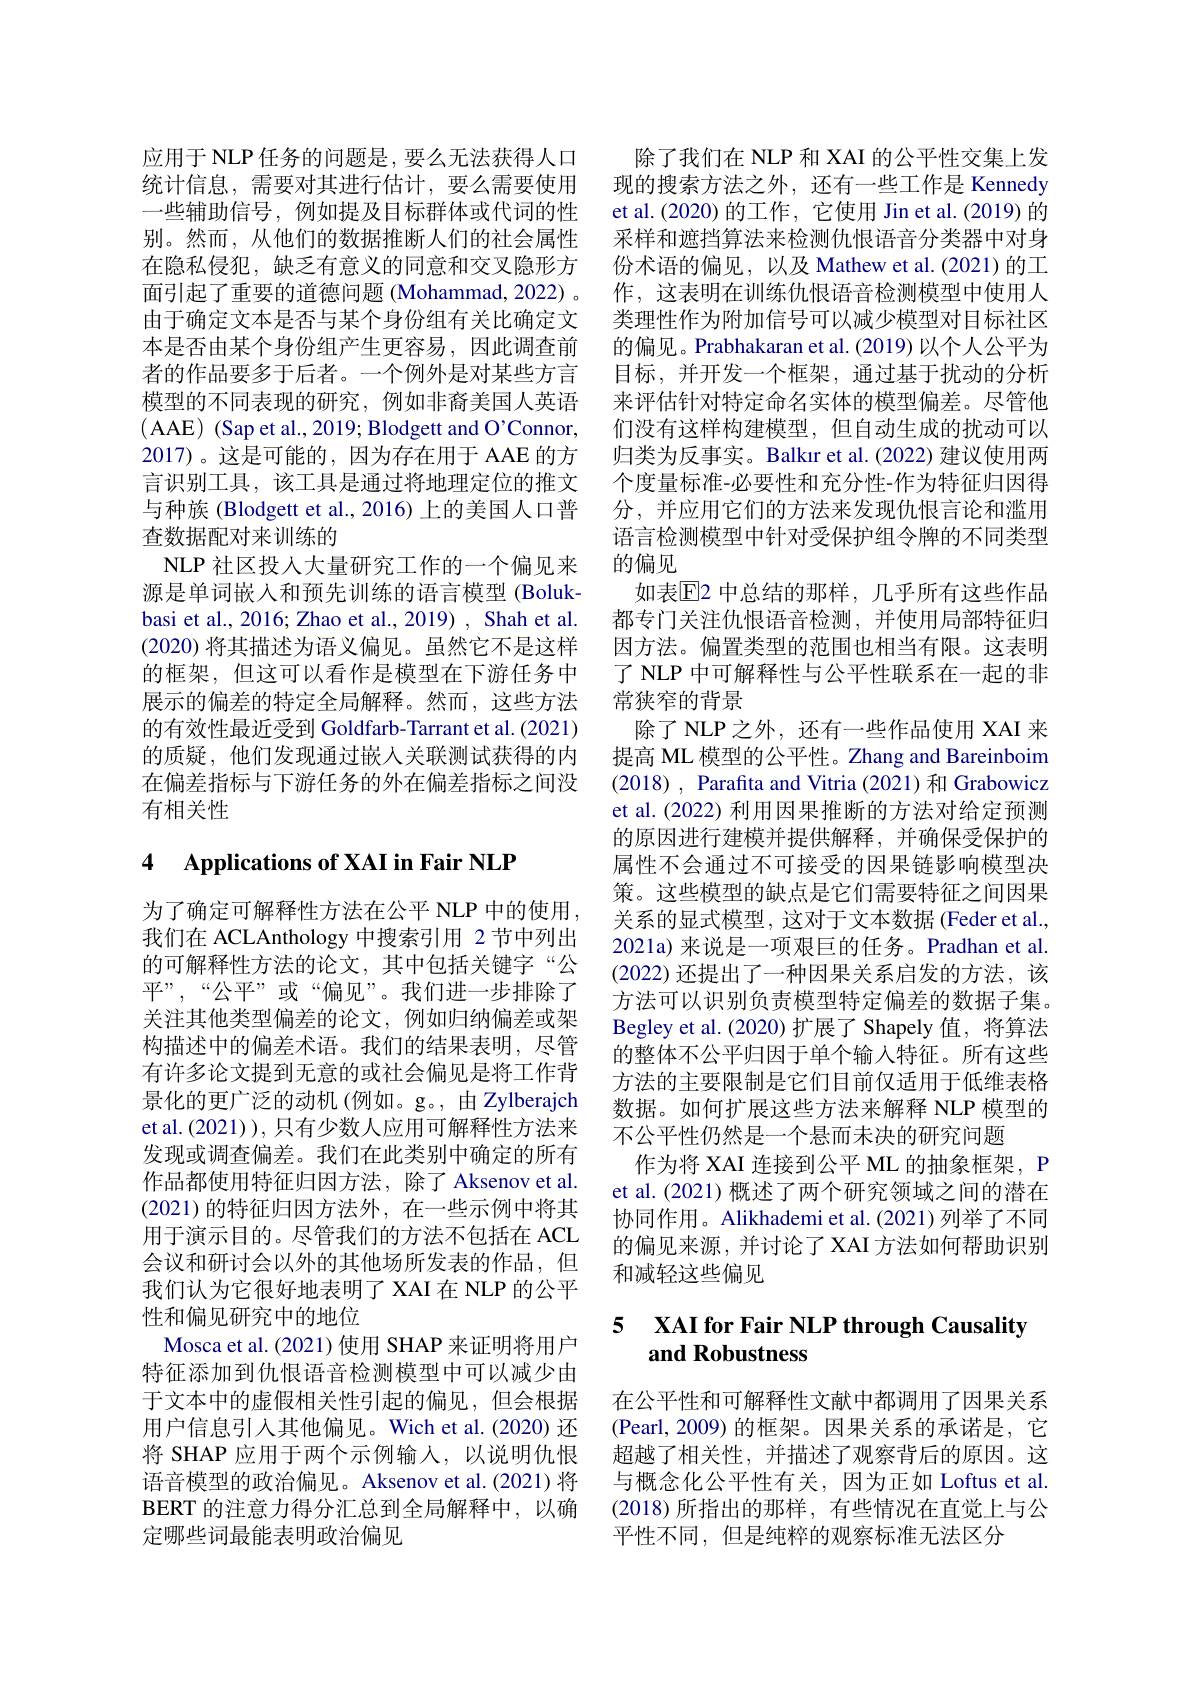
应用于 NLP 任务的问题是，要么无法获得人口统计信息，需要对其进行估计，要么需要使用一些辅助信号，例如提及目标群体或代词的性别。然而，从他们的数据推断人们的社会属性在隐私侵犯，缺乏有意义的同意和交叉隐形方面引起了重要的道德问题 (Mohammad, 2022) 。由于确定文本是否与某个身份组有关比确定文本是否由某个身份组产生更容易，因此调查前者的作品要多于后者。一个例外是对某些方言模型的不同表现的研究，例如非裔美国人英语( AAE) (Sap et al., 2019; Blodgett and O'Connor, 2017)。这是可能的，因为存在用于 AAE 的方言识别工具，该工具是通过将地理定位的推文与种族 (Blodgett et al., 2016) 上的美国人口普查数据配对来训练的
NLP 社区投入大量研究工作的一个偏见来源是单词嵌入和预先训练的语言模型 (Bolukbasi et al., 2016; Zhao et al., 2019) , Shah et al. (2020)将其描述为语义偏见。虽然它不是这样的框架，但这可以看作是模型在下游任务中展示的偏差的特定全局解释。然而，这些方法的有效性最近受到 Goldfarb-Tarrant et al. (2021) 的质疑，他们发现通过嵌入关联测试获得的内在偏差指标与下游任务的外在偏差指标之间没有相关性

### 4 $\textbf{Applications of XAI in Fair NLP}$

为了确定可解释性方法在公平 NLP 中的使用， 我们在 ACLAnthology 中搜索引用 2节中列出的可解释性方法的论文，其中包括关键字“公平”,“公平”或“偏见”。我们进一步排除了关注其他类型偏差的论文，例如归纳偏差或架构描述中的偏差术语。我们的结果表明，尽管有许多论文提到无意的或社会偏见是将工作背景化的更广泛的动机(例如。g。, 由 Zylberajch et al.(2021)), 只有少数人应用可解释性方法来发现或调查偏差。我们在此类别中确定的所有作品都使用特征归因方法，除了 Aksenov et al. (2021)的特征归因方法外，在一些示例中将其用于演示目的。尽管我们的方法不包括在 ACL 会议和研讨会以外的其他场所发表的作品，但我们认为它很好地表明了 XAI 在 NLP 的公平性和偏见研究中的地位
Mosca et al. (2021) 使用 SHAP 来证明将用户特征添加到仇恨语音检测模型中可以减少由于文本中的虚假相关性引起的偏见，但会根据用户信息引入其他偏见。Wich et al.(2020) 还将 SHAP 应用于两个示例输入，以说明仇恨语音模型的政治偏见。Aksenov et al.(2021)将BERT 的注意力得分汇总到全局解释中，以确定哪些词最能表明政治偏见

除了我们在 NLP 和 XAI 的公平性交集上发现的搜索方法之外，还有一些工作是 Kennedy et al.(2020) 的工作，它使用 Jin et al.(2019) 的采样和遮挡算法来检测仇恨语音分类器中对身份术语的偏见，以及 Mathew et al.(2021)的工作，这表明在训练仇恨语音检测模型中使用人类理性作为附加信号可以减少模型对目标社区的偏见。Prabhakaran et al. (2019) 以个人公平为目标，并开发一个框架，通过基于扰动的分析来评估针对特定命名实体的模型偏差。尽管他们没有这样构建模型，但自动生成的扰动可以归类为反事实。Balkır et al.(2022) 建议使用两个度量标准-必要性和充分性-作为特征归因得分，并应用它们的方法来发现仇恨言论和滥用语言检测模型中针对受保护组令牌的不同类型的偏见
如表$\mathbb{E}$2 中总结的那样，几乎所有这些作品都专门关注仇恨语音检测，并使用局部特征归因方法。偏置类型的范围也相当有限。这表明了 NLP 中可解释性与公平性联系在一起的非常狭窄的背景
除了 NLP 之外，还有一些作品使用 XAI 来提高 ML 模型的公平性。Zhang and Bareinboim (2018) , Parafita and Vitria (2021) 和 Grabowicz et al. (2022) 利用因果推断的方法对给定预测的原因进行建模并提供解释，并确保受保护的属性不会通过不可接受的因果链影响模型决策。这些模型的缺点是它们需要特征之间因果关系的显式模型，这对于文本数据(Feder et al., 2021a) 来说是一项艰巨的任务。Pradhan et al. (2022)还提出了一种因果关系启发的方法，该方法可以识别负责模型特定偏差的数据子集。Begley et al.(2020) 扩展了 Shapely 值，将算法的整体不公平归因于单个输入特征。所有这些方法的主要限制是它们目前仅适用于低维表格数据。如何扩展这些方法来解释 NLP 模型的不公平性仍然是一个悬而未决的研究问题
作为将 XAI 连接到公平 ML 的抽象框架，P et al.(2021)概述了两个研究领域之间的潜在协同作用。Alikhademi et al.(2021) 列举了不同的偏见来源，并讨论了XAI 方法如何帮助识别和减轻这些偏见

### 5 $\textbf{XAI for Fair NLP through Causality}$ and Robustness

在公平性和可解释性文献中都调用了因果关系(Pearl,2009)的框架。因果关系的承诺是，它超越了相关性，并描述了观察背后的原因。这与概念化公平性有关，因为正如 Loftus et al. (2018)所指出的那样，有些情况在直觉上与公平性不同，但是纯粹的观察标准无法区分